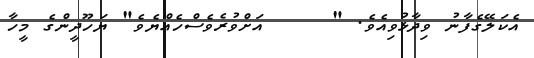
އެކަލޭގެފާނު ވިދާޅުވިއެވެ. "     އަށްވުރެވެސްހެއްޔެވެ" ޔަހޫދީންގެ މީހާ